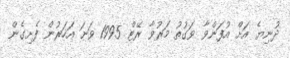
ދުނިޔެ އަށް އުފަންވާ ވަގުތު މަރުވާ ރޭޓް 1995 ވަނަ އަހަރުން ފެށިގެން